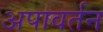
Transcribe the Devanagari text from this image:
अपावर्तन